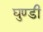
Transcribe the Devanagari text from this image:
घुण्डी